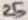
Text: 25